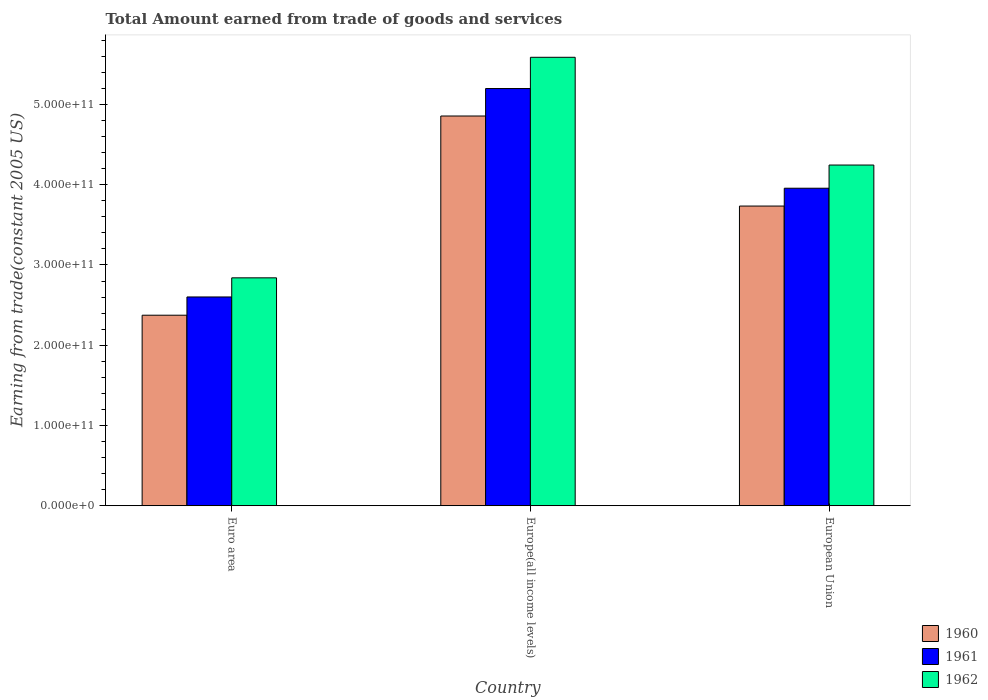
| Country | 1960 | 1961 | 1962 |
 | --- | --- | --- | --- |
 | Euro area | 2.37e+11 | 2.6e+11 | 2.84e+11 |
 | Europe(all income levels) | 4.86e+11 | 5.2e+11 | 5.59e+11 |
 | European Union | 3.73e+11 | 3.96e+11 | 4.24e+11 |